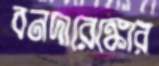
বনদারেঙ্কোর